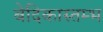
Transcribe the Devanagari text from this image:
बेदिकास्तम्भ